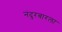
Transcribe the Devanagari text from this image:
नंदुरबारला